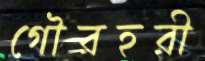
গৌরহরী